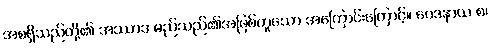
အစရှိသည်တို့၏ အဿာဒ မည်သည်၏အဖြစ်ဟူသော အကြောင်းကြောင့်။ ဝေဒနာယ စ၊